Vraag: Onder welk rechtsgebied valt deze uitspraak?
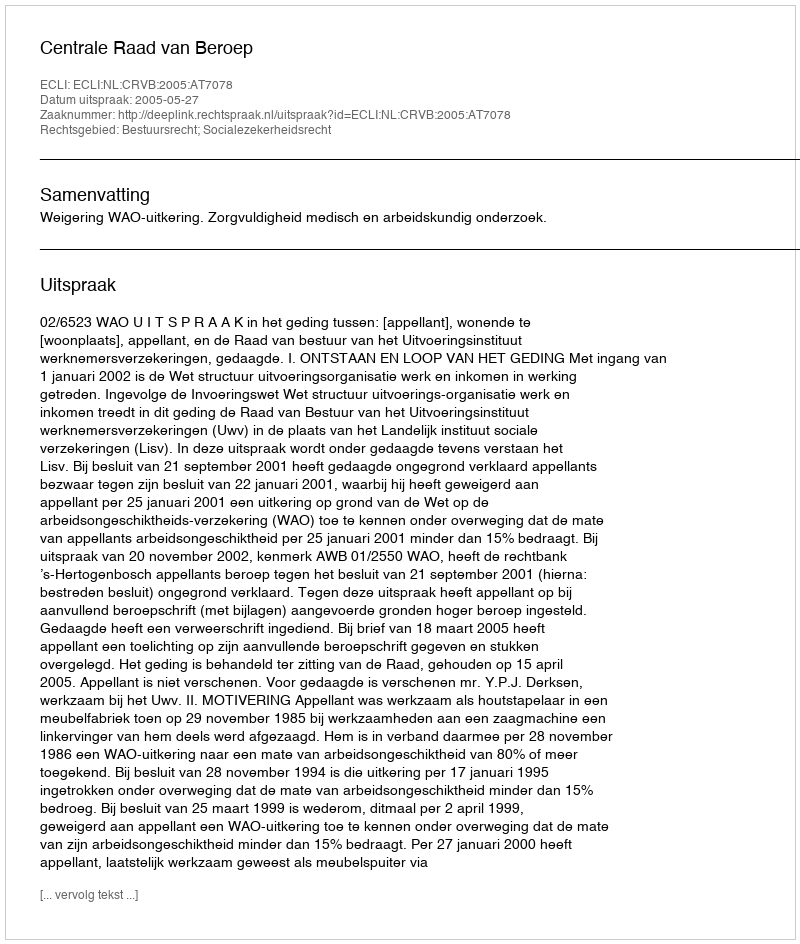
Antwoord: Bestuursrecht; Socialezekerheidsrecht